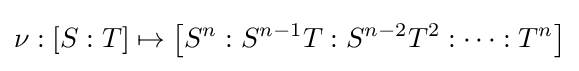
\nu :[S:T]\mapsto \left[S^{n}:S^{n-1}T:S^{n-2}T^{2}:\cdots :T^{n}\right]